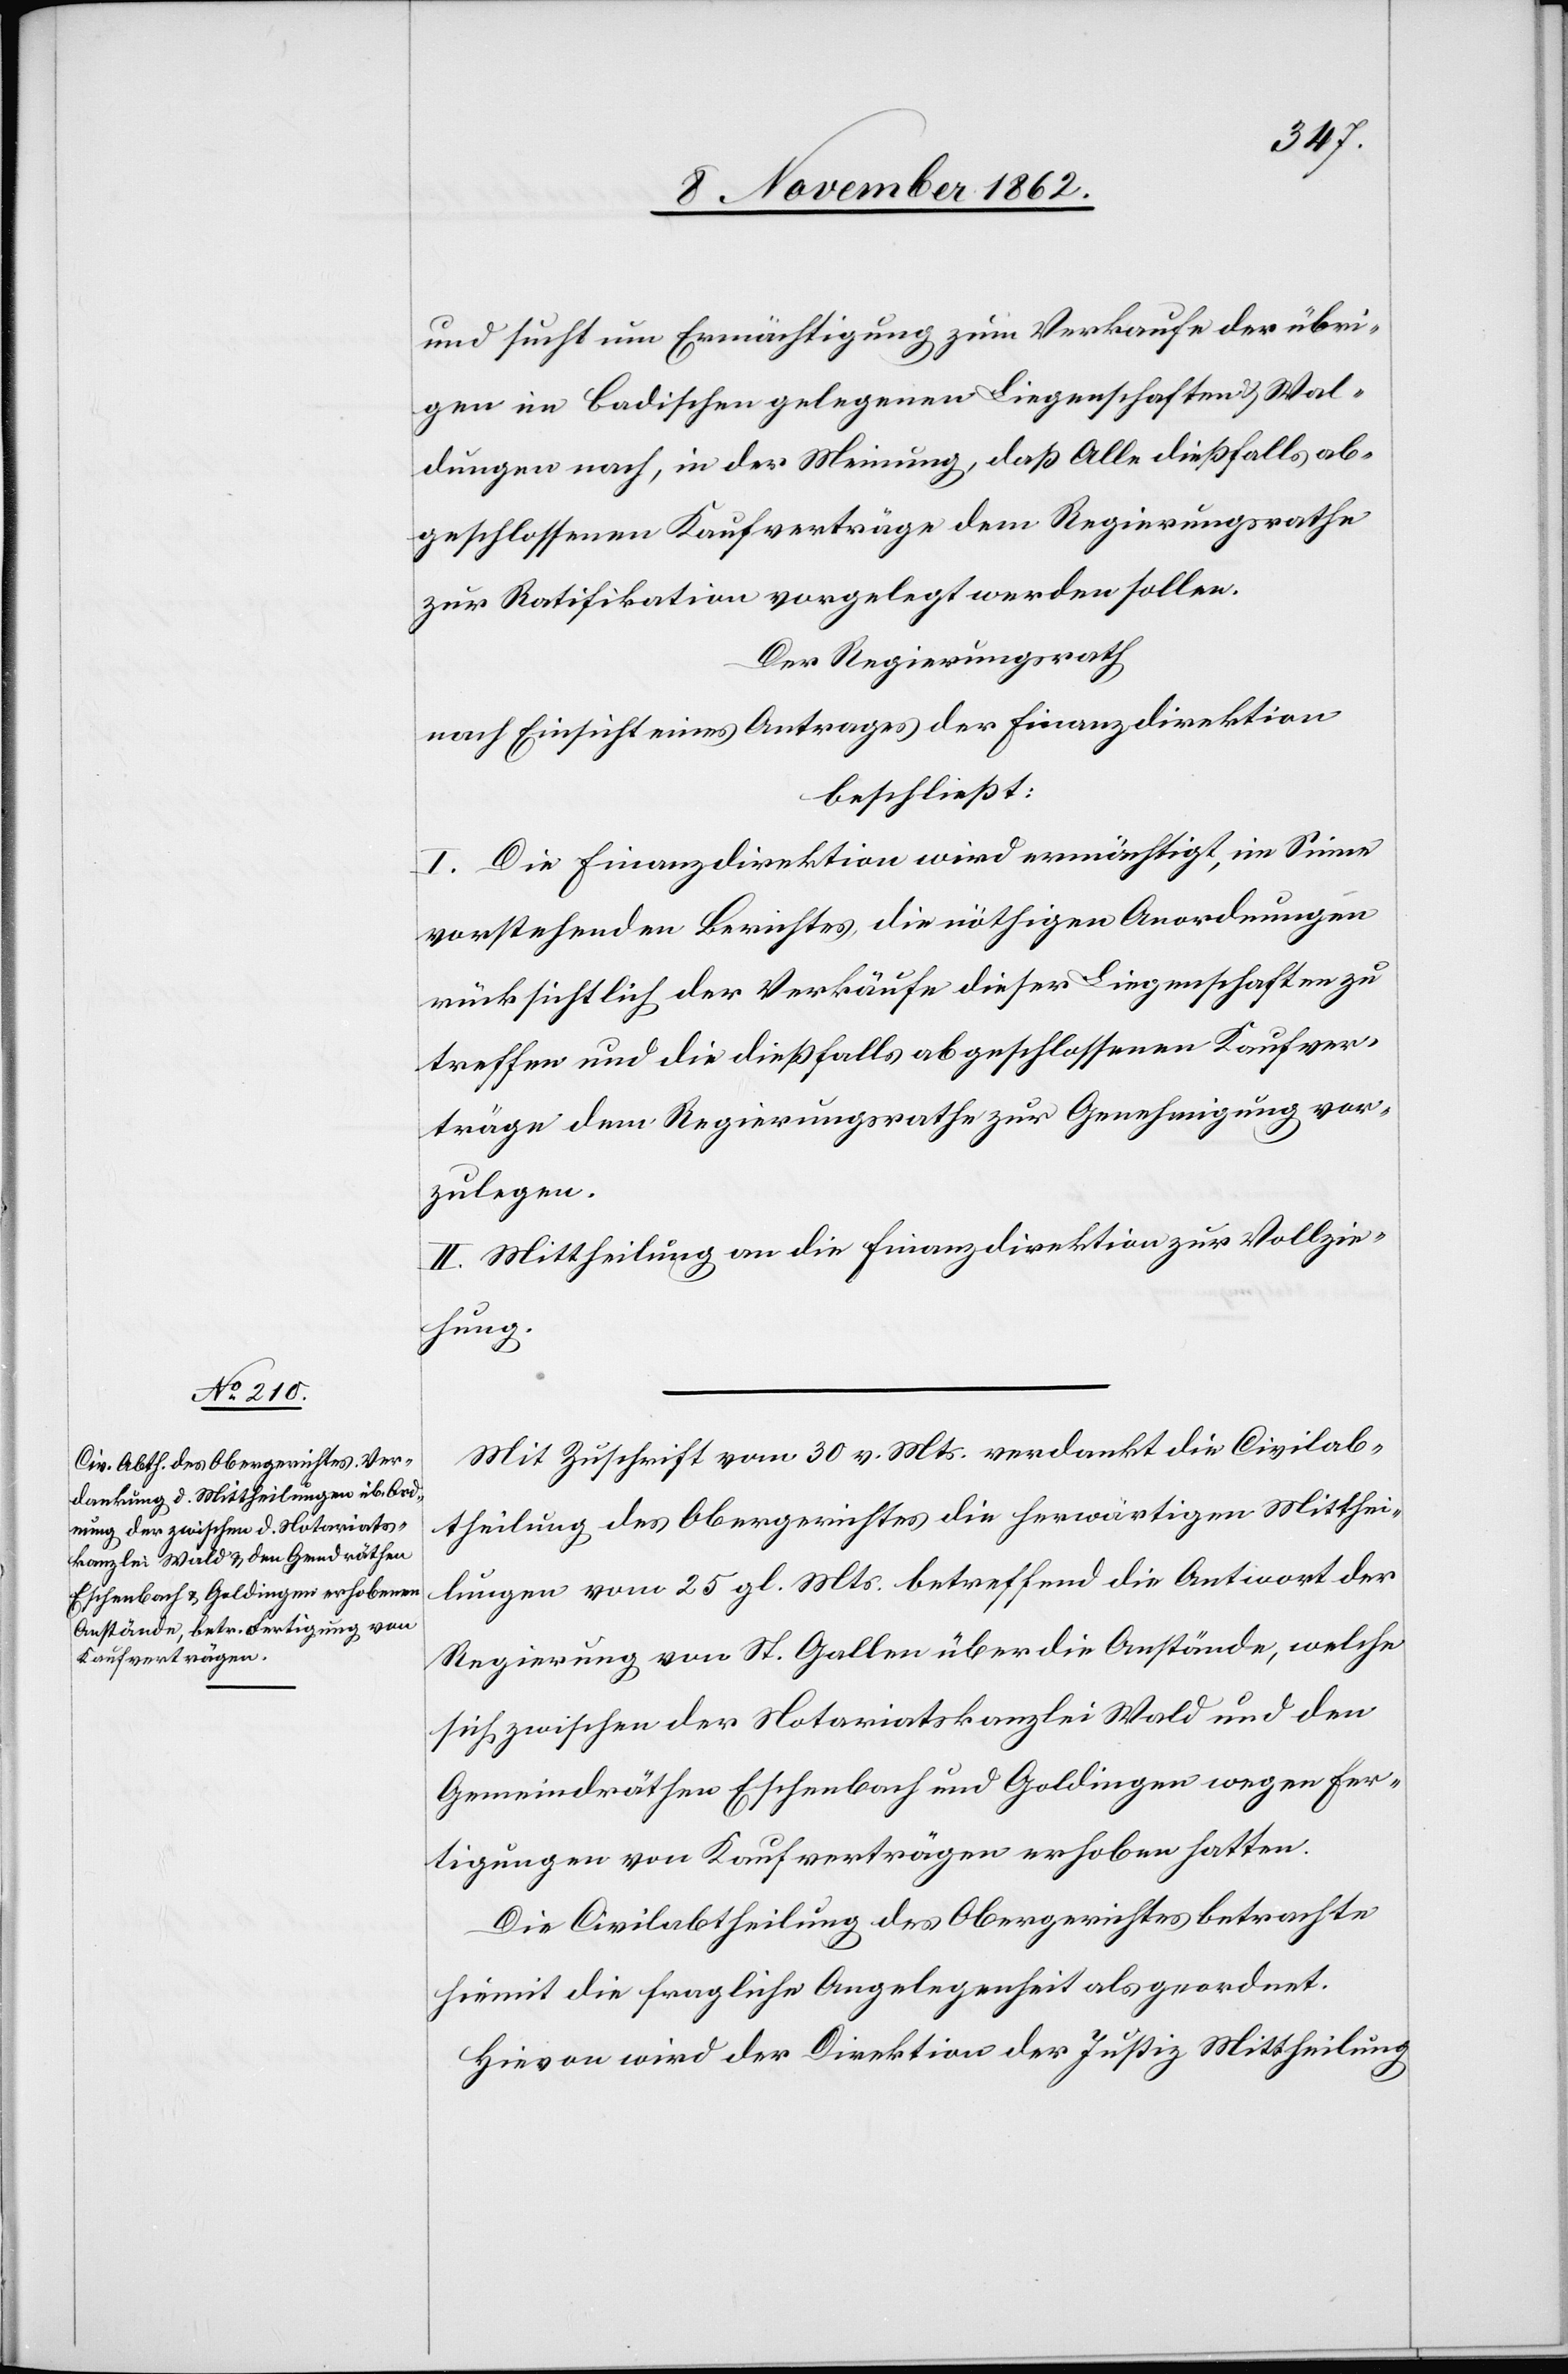
und sucht um Ermächtigung zum Verkaufe der übri¬
gen im Badischen gelegenen Liegenschaften u. Wal¬
dungen nach, in der Meinung, daß Alle dießfalls ab¬
geschlossenen Kaufverträge dem Regierungsrathe
zur Ratifikation vorgelegt werden sollen.
Der Regierungsrath
nach Einsicht eines Antrages der Finanzdirektion
beschließt:
I. Die Finanzdirektion wird ermächtigt, im Sinne
vorstehenden Berichtes, die nöthigen Anordnungen
rücksichtlich der Verkäufer dieser Liegenschaften zu
treffen und die dießfalls abgeschlossenen Kaufver¬
träge dem Regierungsrathe zur Genehmigung vor¬
zulegen.
II. Mittheilung an die Finanzdirektion zur Vollzie¬
hung.
Mit Zuschrift vom 30. v. Mts. verdankt die Civilab¬
theilung des Obergerichtes die herwärtigen Mitthei¬
lungen vom 25. gl. Mts. betreffend die Antwort der
Regierung von St. Gallen über die Anstände, welche
sich zwischen der Notariatskanzlei Wald und den
Gemeindräthen Eschenbach und Goldingen wegen Fer¬
tigungen von Kaufverträgen erhoben hatten.
Die Civilabtheilung des Obergerichtes betrachte
hiemit die fragliche Angelegenheit als geordnet.
Hievon wird der Direktion der Justiz Mittheilung